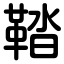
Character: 鞜